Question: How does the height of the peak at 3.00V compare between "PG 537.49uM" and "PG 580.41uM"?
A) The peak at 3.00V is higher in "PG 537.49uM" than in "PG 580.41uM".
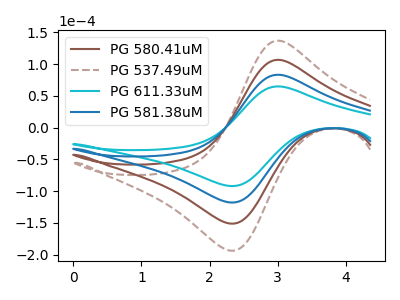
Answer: <think>The brown curve "PG 580.41uM" has an anodic peak at (3.00V, 166.65uA) and a cathodic peak at (2.30V, -235.50uA). The brown dashed curve "PG 537.49uM" has an anodic peak at (3.00V, 250.00uA) and a cathodic peak at (2.30V, -353.20uA). The cyan curve "PG 611.33uM" has an anodic peak at (3.00V, 65.00uA) and a cathodic peak at (2.30V, -91.85uA). The blue curve "PG 581.38uM" has an anodic peak at (3.00V, 83.35uA) and a cathodic peak at (2.30V, -117.75uA).</think>
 <answer>A) The peak at 3.00V is higher in "PG 537.49uM" than in "PG 580.41uM".</answer>
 <eval>A</eval>